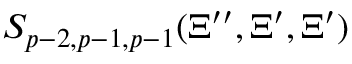
S _ { p - 2 , p - 1 , p - 1 } ( \Xi ^ { \prime \prime } , \Xi ^ { \prime } , \Xi ^ { \prime } )